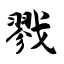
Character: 戮